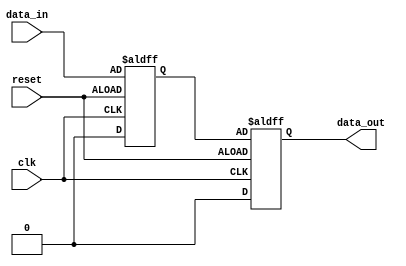
module edge_triggered_latch(
    input wire clk,
    input wire reset,
    input wire data_in,
    output reg data_out
);

reg data_temp;

always @(posedge clk or negedge reset) begin
    if (reset) begin
        data_temp <= 1'b0;
    end else begin
        data_temp <= data_in;
    end
end

always @(posedge clk or negedge reset) begin
    if (reset) begin
        data_out <= 1'b0;
    end else begin
        data_out <= data_temp;
    end
end

endmodule